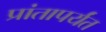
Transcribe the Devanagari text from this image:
प्रांतापर्यंत